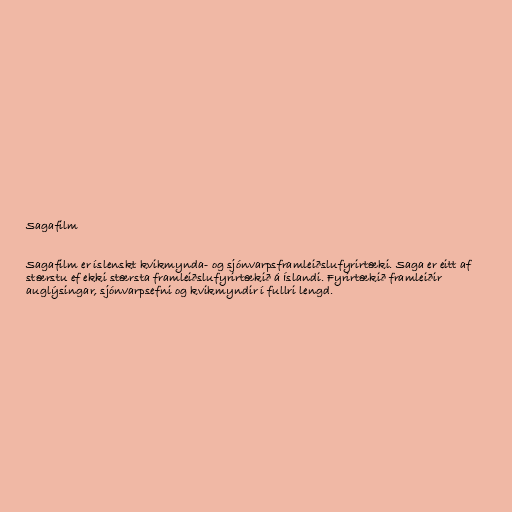
Sagafilm

Sagafilm er íslenskt kvikmynda- og sjónvarpsframleiðslufyrirtæki. Saga er eitt af
stærstu ef ekki stærsta framleiðslufyrirtækið á Íslandi. Fyrirtækið framleiðir
auglýsingar, sjónvarpsefni og kvikmyndir í fullri lengd.